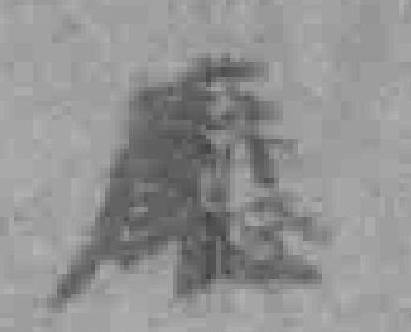
廰